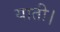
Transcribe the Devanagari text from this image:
याती।